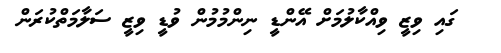
ގައި ވިޒީ ވިއްކާލުމަށް އޭންޑީ ނިންމުމުން ވުޑީ ވިޒީ ސަލާމަތްކުރަން